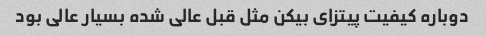
دوباره کیفیت پیتزای بیکن مثل قبل عالی شده بسیار عالی بود